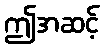
ဤအဆင့်